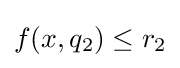
f(x,q_{2})\leq r_{2}\,\!